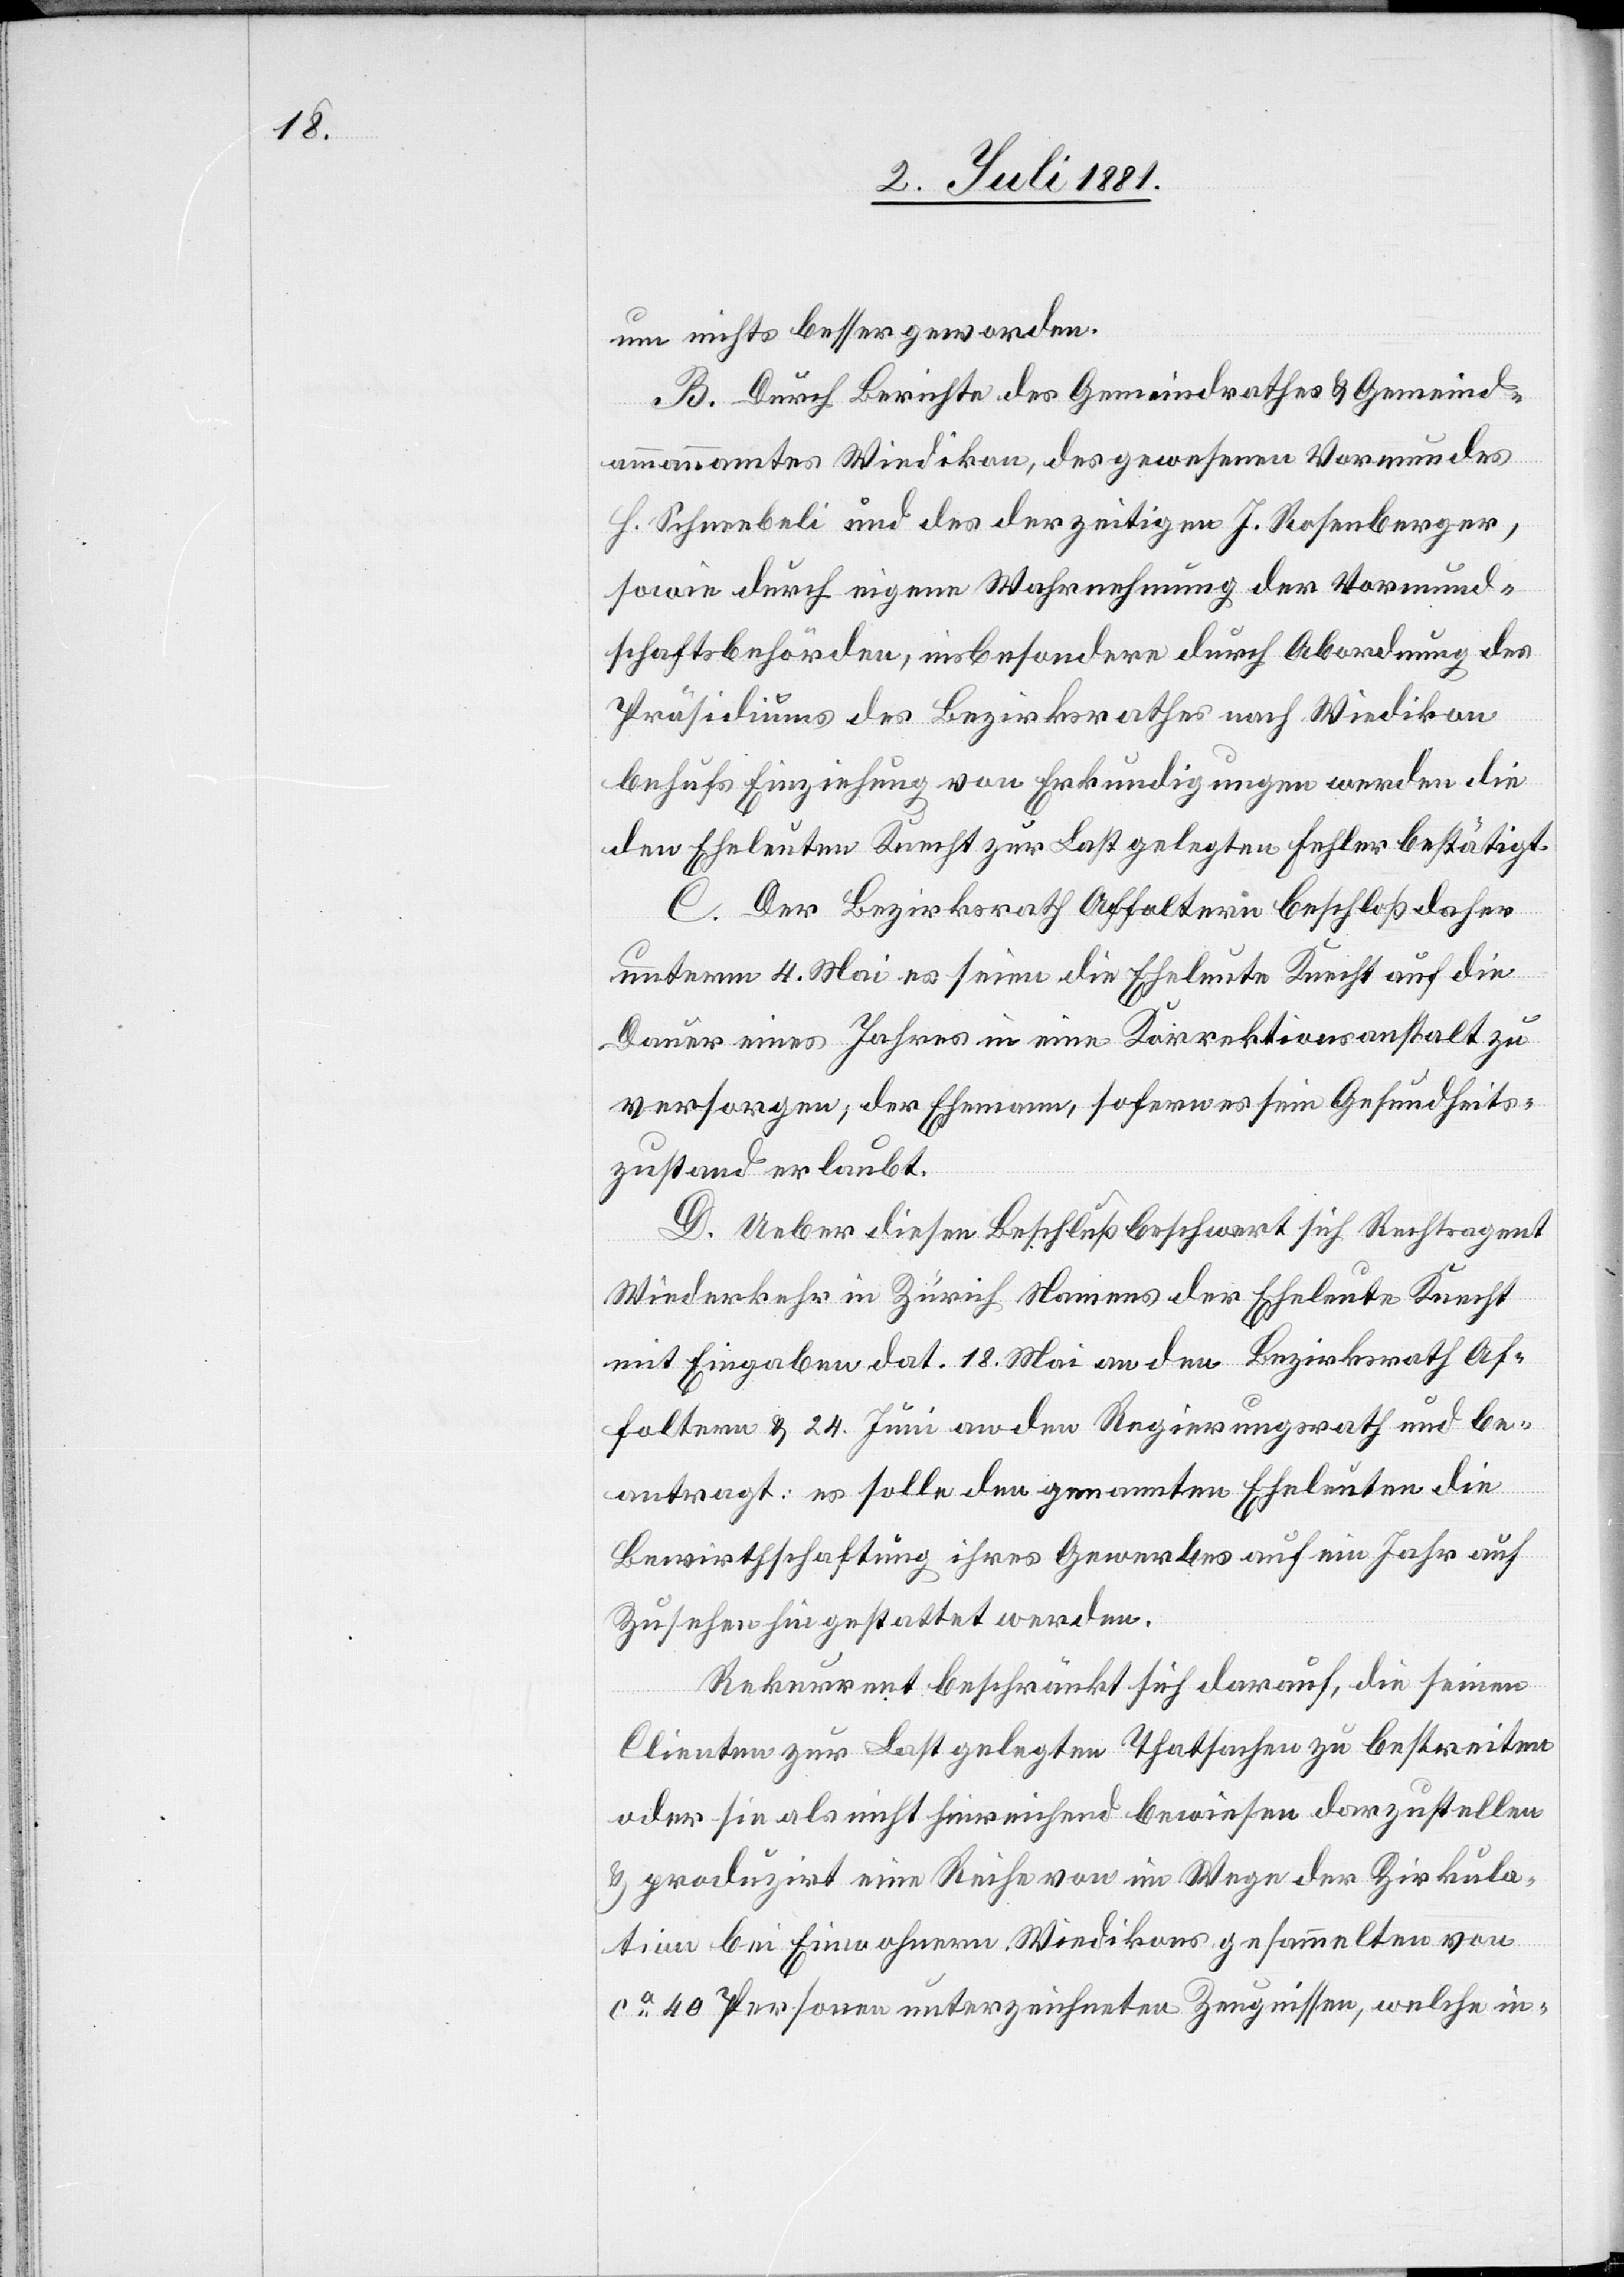
um nichts besser geworden.
B. Durch Berichte des Gemeindrathes & Gemeind¬
ammannamtes Wiedikon, des gewesenen Vormundes
H. Schneebeli und des derzeitigen J. Rosenberger,
sowie durch eigene Wahrnehmung der Vormund¬
schaftsbehörden, insbesondere durch Abordnung des
Präsidiums des Bezirksrathes nach Wiedikon
behufs Einziehung von Erkundigungen werden die
den Eheleuten Knecht zur Last gelegten Fehler bestätigt.
C. Der Bezirksrath Affoltern beschloß daher
unterm 4. Mai es seien die Eheleute Knecht auf die
Dauer eines Jahres in eine Korrektionsanstalt zu
versorgen, der Ehemann, sofern es sein Gesundheits¬
zustand erlaubt.
D. Ueber diesen Beschluß beschwert sich Rechtsagent
Wiederkehr in Zürich Namens der Eheleute Knecht
mit Eingaben dat. 18. Mai an den Bezirksrath Af¬
foltern & 24. Juni an den Regierungsrath und be¬
antragt: es solle den genannten Eheleuten die
Bewirthschaftung ihres Gewebes auf ein Jahr auf
Zusehen hin gestattet werden
Rekurrent beschränkt sich darauf, die seinen
Clienten zur Last gelegten Thatsachen zu bestreiten
oder sie als nicht hinreichend bewiesen darzustellen
& produzirt eine Reihe von im Wege der Zirkula¬
tion bei Einwohnern Wiedikons gesammelten von
ca 40 Personen unterzeichneten Zeugnissen, welche in-